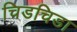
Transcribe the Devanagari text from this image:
चिडचिडा